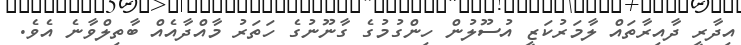
އިދާރީ ދާއިރާތައް ލާމަރުކަޒީ އުސޫލުން ހިންގުމުގެ ގާނޫނުގެ ހަތަރު މާއްދާއެއް ބާތިލްވާނެ އެވެ.